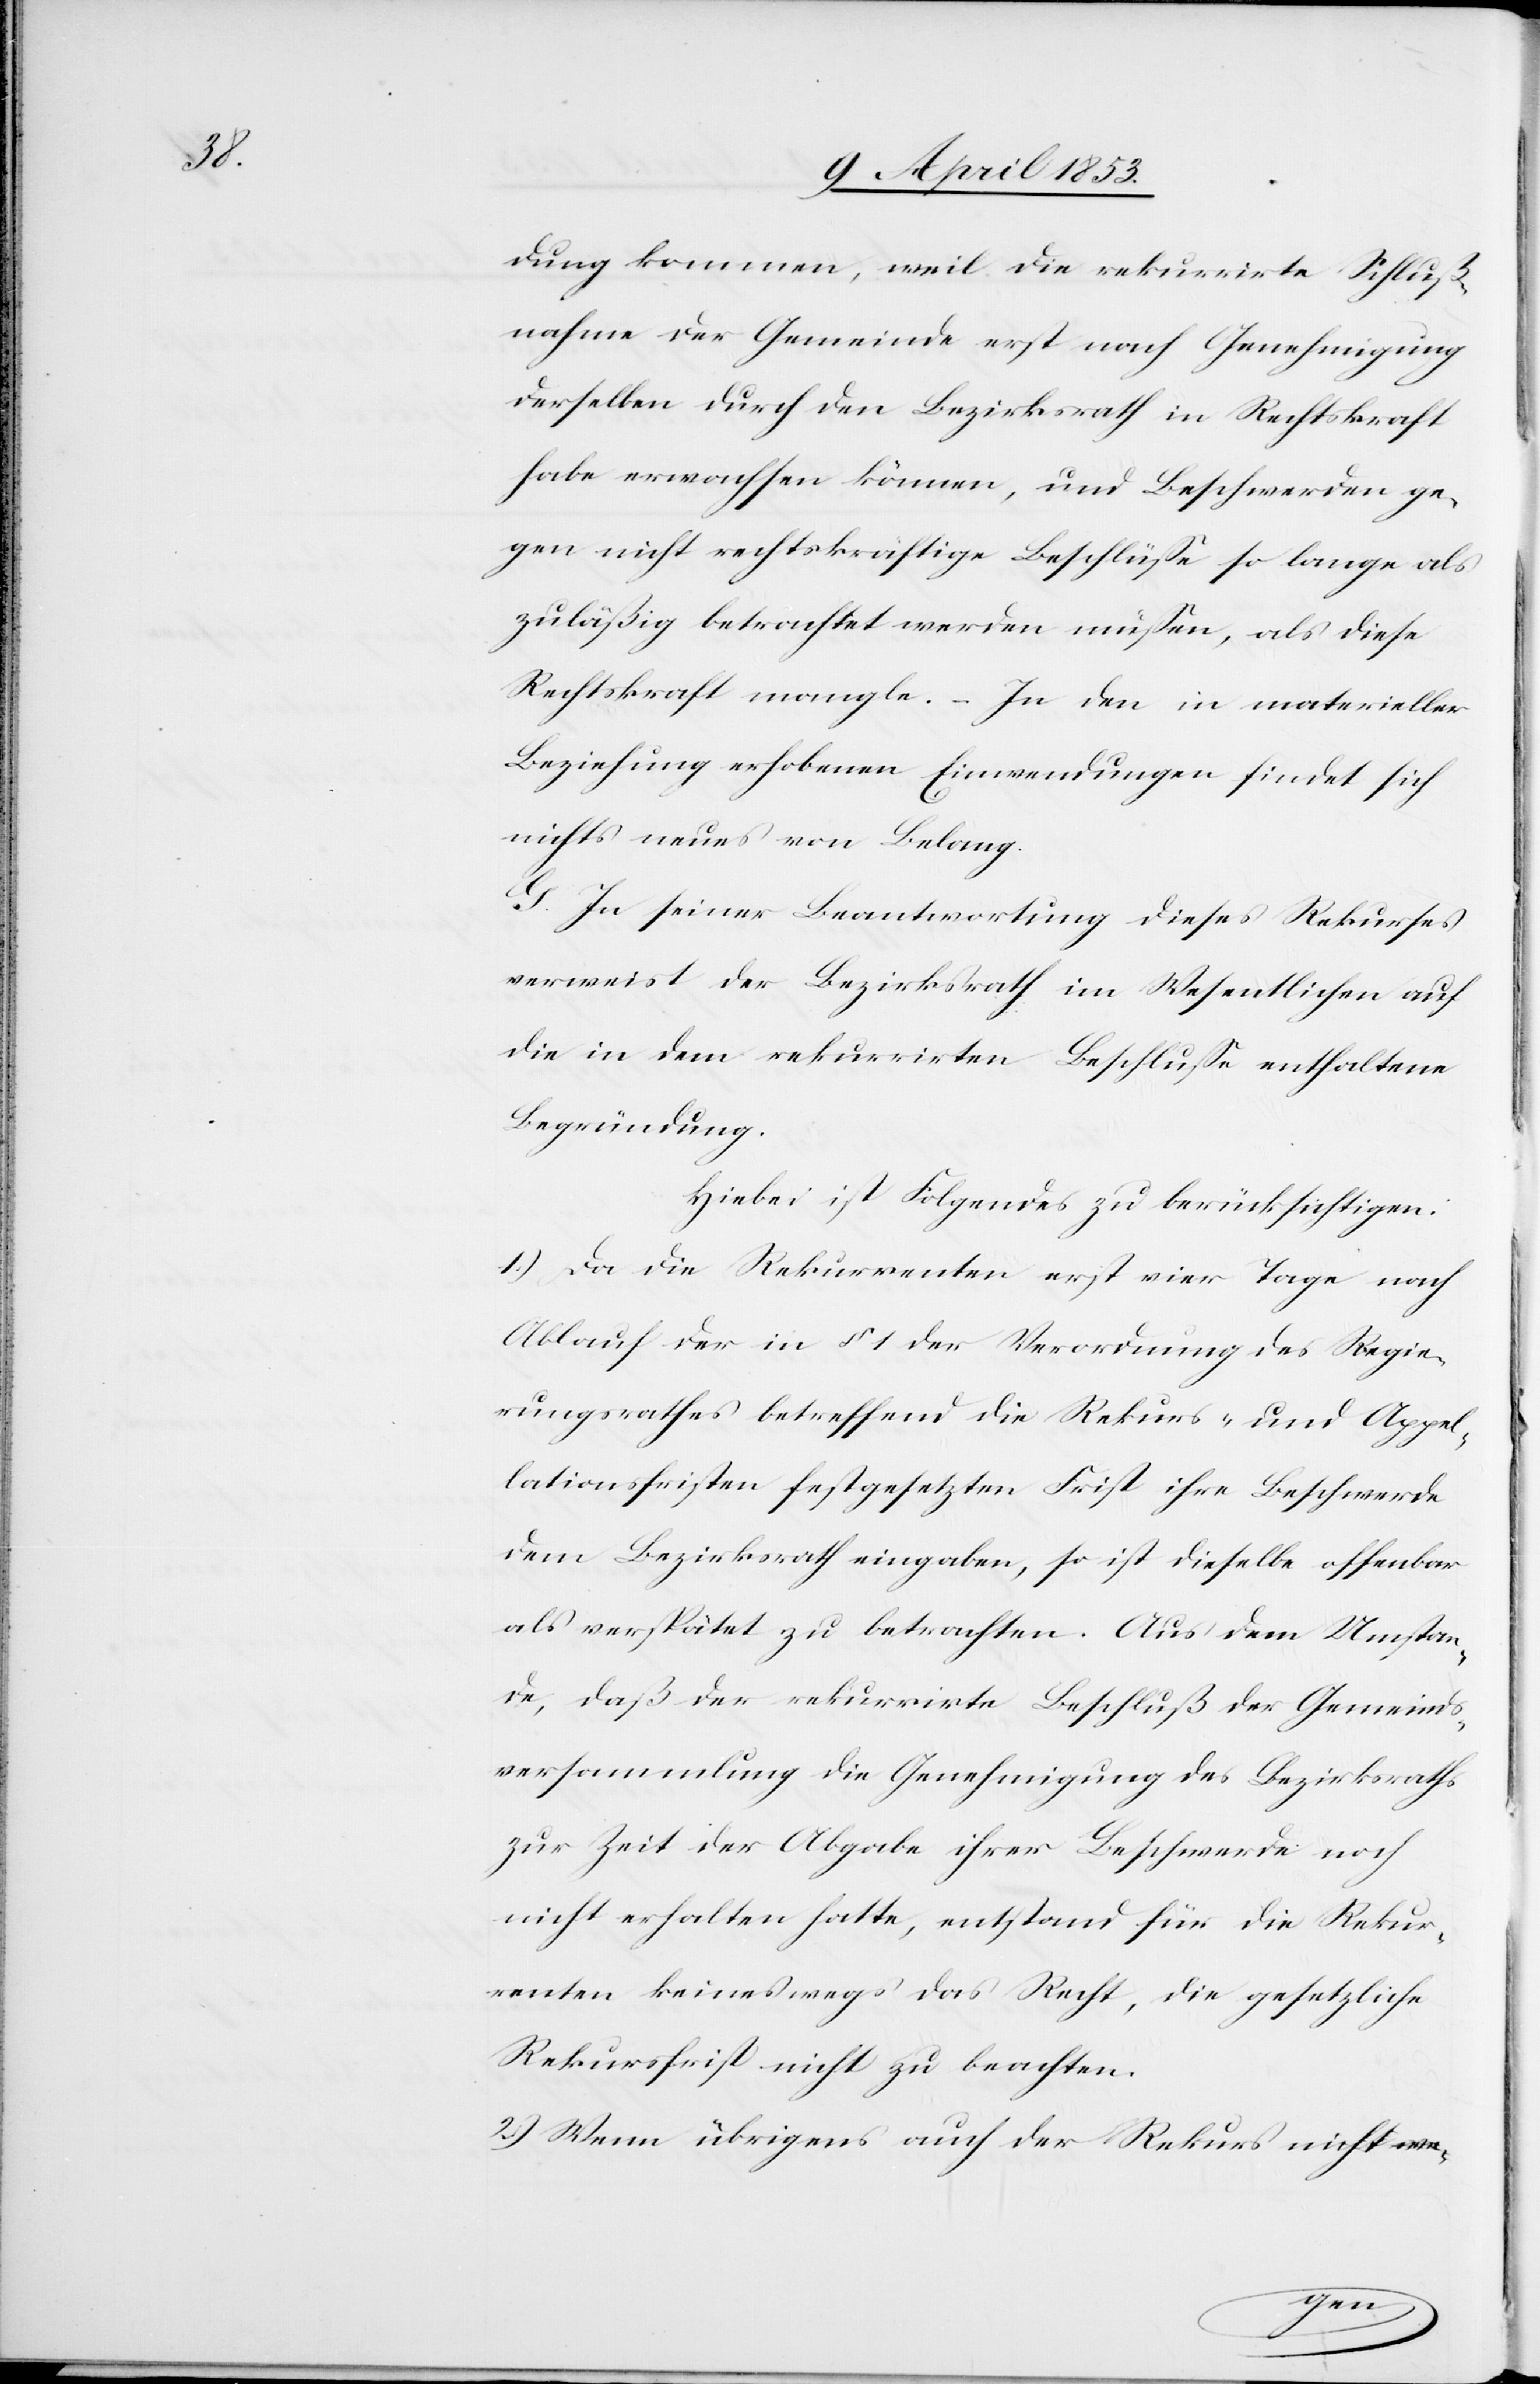
dung kommen, weil die rekurrirte Schluß¬
nahme der Gemeinde erst nach Genehmigung
desselben durch den Bezirksrath in Rechtskraft
habe erwachsen können, und Beschwerden ge¬
gen nicht rechtskräftige Beschlüße so lange als
zuläßig betrachtet werden müßen, als diese
Rechtskraft mangle. – In den in materieller
Beziehung erhobenen Einwendungen findet sich
nichts neues von Belang.
G. In seiner Beantwortung dieses Rekurses
verweist der Bezirksrath im Wesentlichen auf
die in dem rekurrirten Beschluße enthaltene
Begründung.
Hiebei ist Folgendes zu berücksichtigen:
1.) Da die Rekurrenten erst vier Tage nach
Ablauf der in § 1 der Verordnung des Regie¬
rungsrathes betreffend Rekurs- und Appel¬
lationsfristen festgesetzten Frist ihre Beschwerde
dem Bezirksrath eingaben, so ist dieselbe offenbar
als verspätet zu betrachten. Aus dem Umstan¬
de, daß der rekurrirte Beschluß der Gemeinds¬
versammlung die Genehmigung des Bezirksraths
zur Zeit der Abgabe ihrer Beschwerde noch
nicht erhalten hatte, entstand für die Rekur¬
renten keineswegs das Recht, die gesetzliche
Rekursfrist nicht zu beachten.
2.) Wenn übrigens auch der Rekurs nicht we-